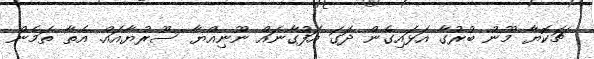
ޗަކޮޔާ މޫނު ބުރުގާ އަޅައިގެން ދަގަ އަފުގާނައް ނޫނިއްޔާ ސޫރުޔާއައް. އެތާ ތަމެން